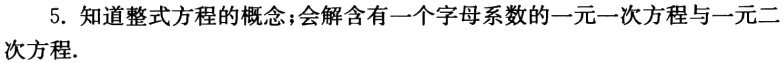
5. 知道整式方程的概念;会解含有一个字母系数的一元一次方程与一元二次方程.